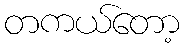
တကယ်တော့